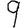
Digit: 9